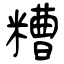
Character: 糟